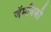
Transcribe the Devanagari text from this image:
जॅमविकी